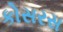
કોસરસ